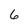
Character: 6